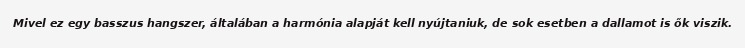
Mivel ez egy basszus hangszer, általában a harmónia alapját kell nyújtaniuk, de sok esetben a dallamot is ők viszik.